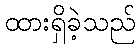
ထားရှိခဲ့သည်